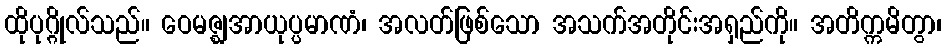
ထိုပုဂ္ဂိုလ်သည်။ ဝေမဇ္ဈအာယုပ္ပမာဏံ၊ အလတ်ဖြစ်သော အသက်အတိုင်းအရှည်ကို။ အတိက္ကမိတွာ၊